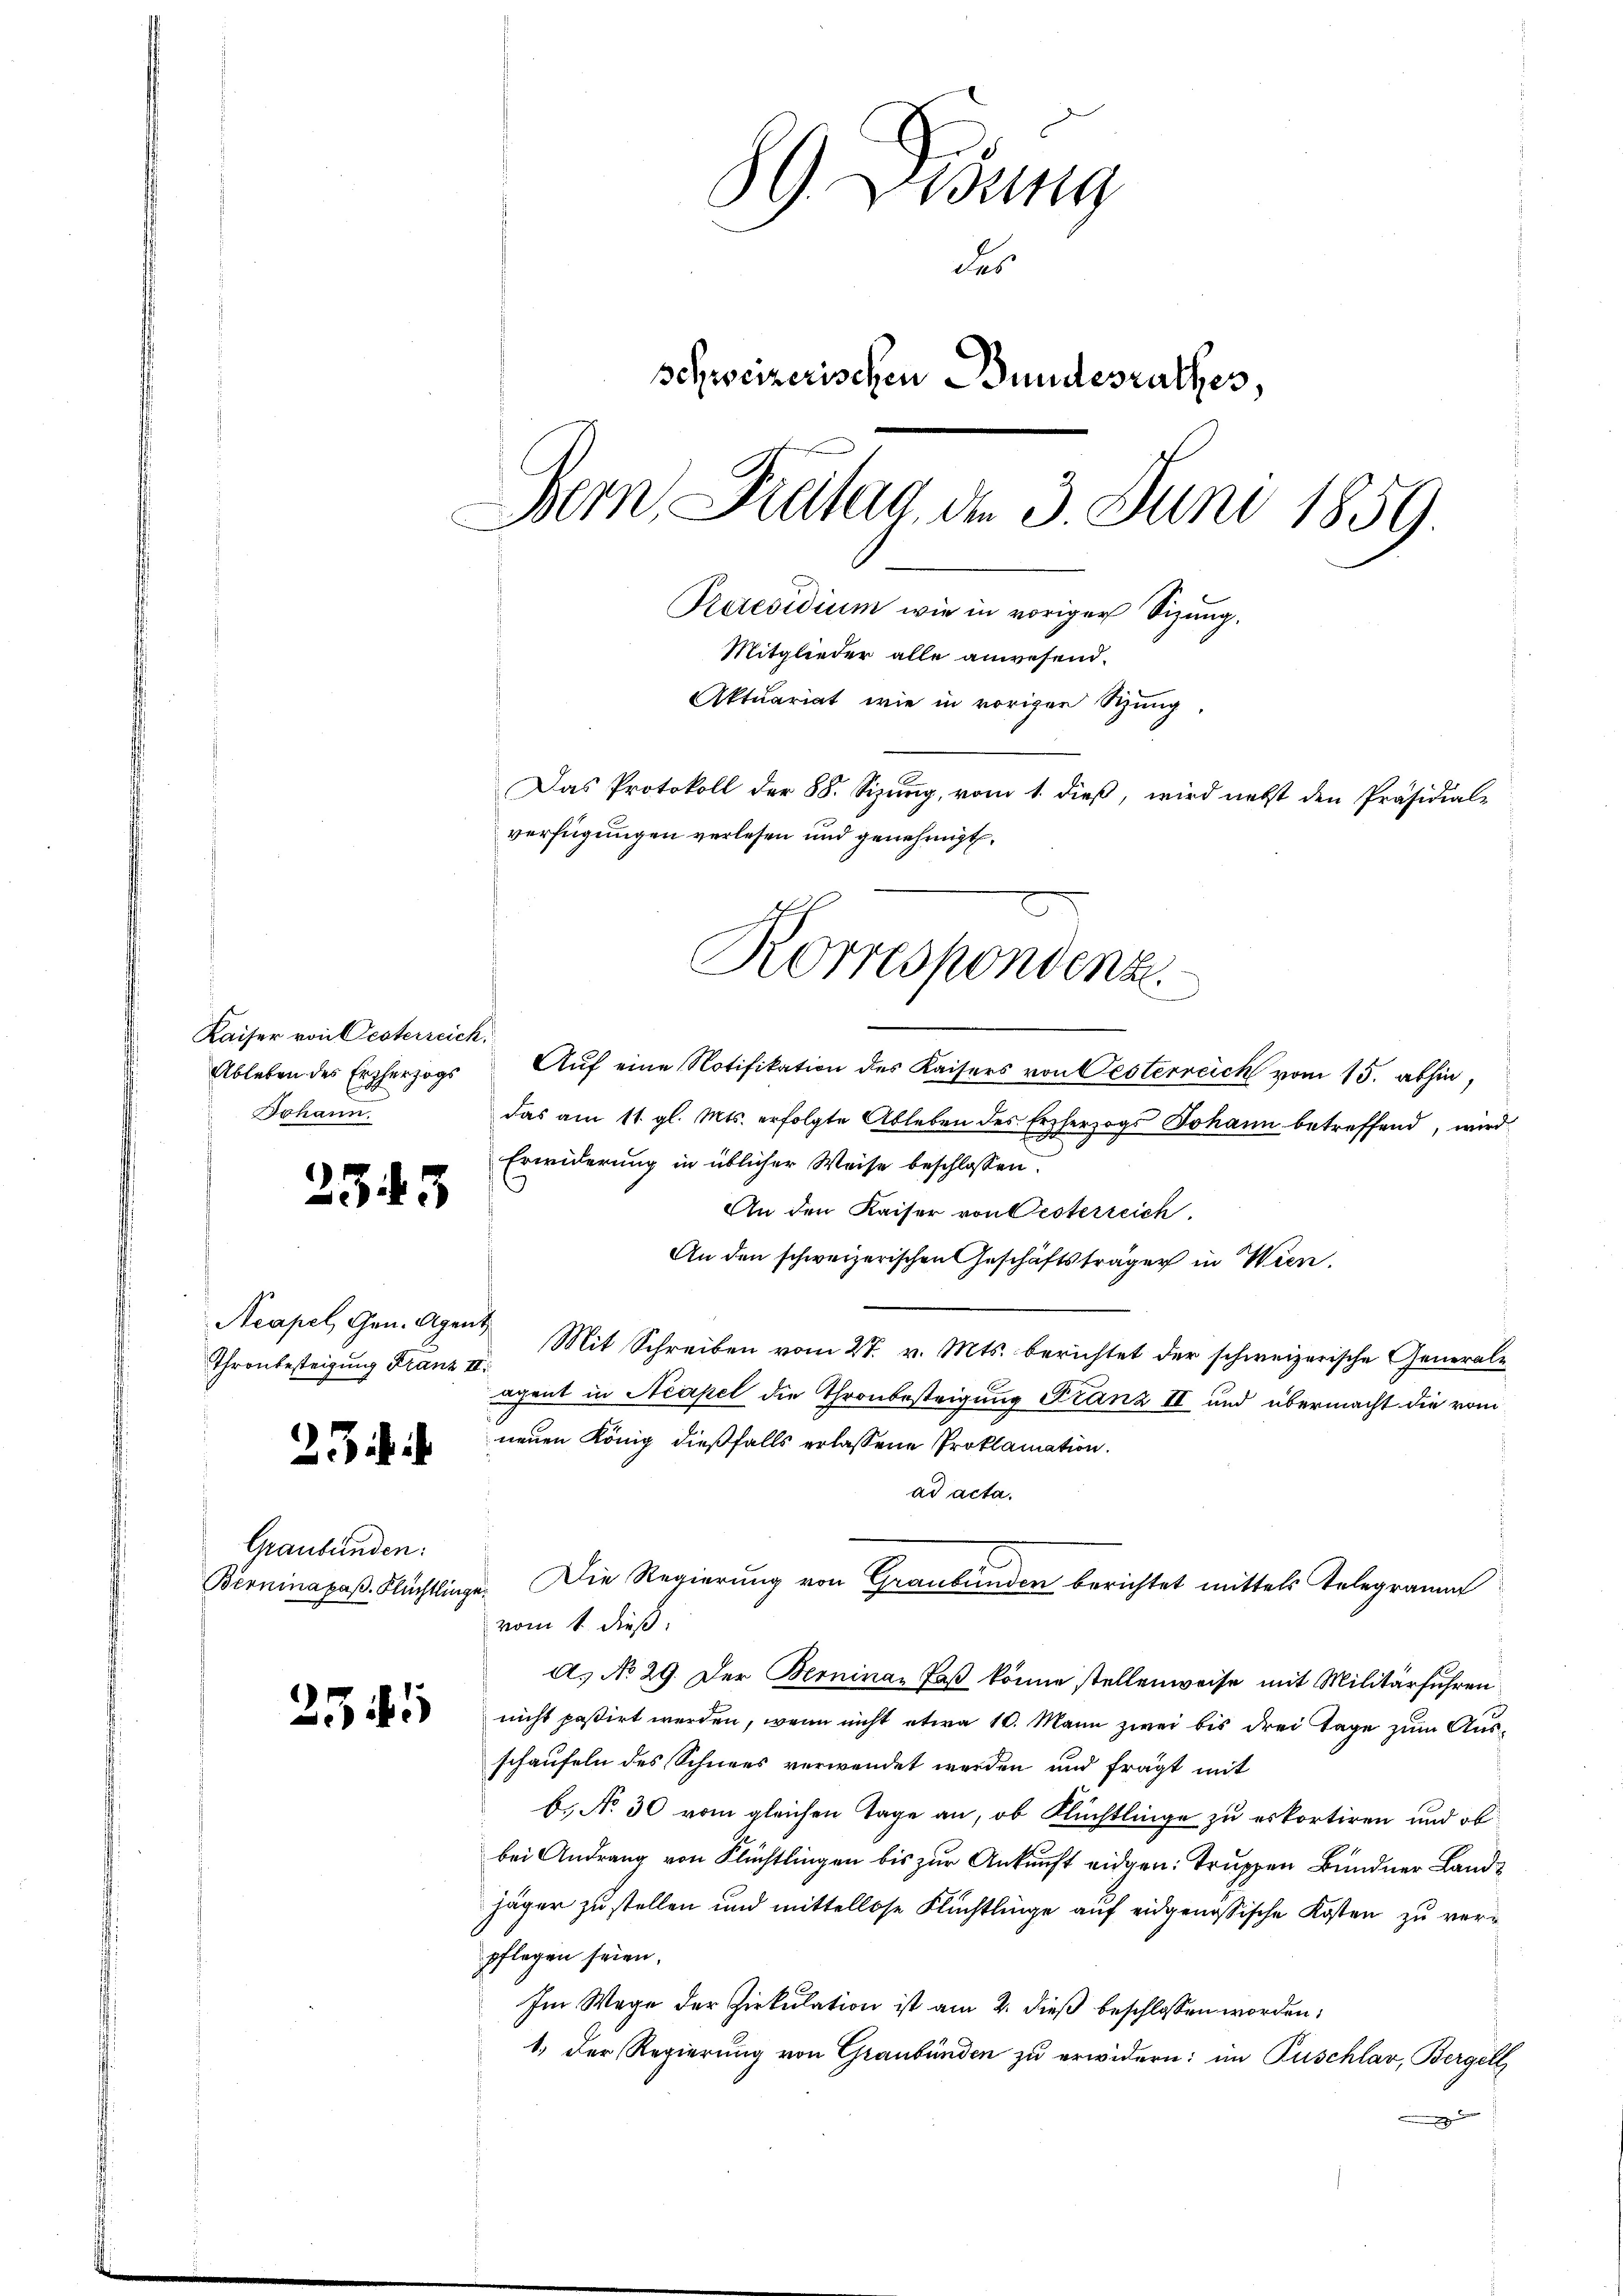
Kaiser von Oesterreich.
Johann.

2343

Acapel, Gen. Agent
Thronbesteigung Franz II

23

Graubünden:

255

89 Disung
des
schweizerischen Bundesrathes,
Bern Prälag, der 3. Juni 1859.
Peresidium wie in voriger Sizung.
Mitglieder alle anwesend.
Aktuariat wie in vorigen Sitzung.
Das Protokoll der 88. Sizung, vom 1. dieß, wird nebst den Präsidial-
verfügungen verlesen und genehmigt.

Ableben des Erzherzogs Aŭf eine Notifikation des Kaisers von Oesterreich vom 15. abhin,
das am 11. gl. Mts. erfolgte Ableben des Erzherzogs Johann betreffend, wird
Erwiderung in üblicher Weise beschlossen:
An den Kaiser von Oesterreich
An den schweizerischen Geschäftsträger in Wien.
Mit Schreiben vom 27. v. Mts. berichtet der schweizerische Generalacent in Neapel die Thronbesteigung Franz II und übermacht die vom
neuen König dießfalls erlassene Proklamation.
ad acta.
Berninapaß.- Flüchtlinge. Die Regierung von Graubünder berichtet mittels Telegramm
vom 1. dieß:
A.) No 29. Der Berninaz Paß könne stellenweise mit Militärführen
nicht paßirt werden, wenn nicht etwa 10. Mann zwei bis drei Tage zum Ausschaufeln des Schnees verwendet werden und fragt mit
b. No 30 vom gleichen Tage an, ob Flüchtlinge zu erkortiren und ob
bei Andrang von Flüchtlingen bis zur Ankunft eidgen. Truppen Bündner Landjäger zu stellen und mittellose Flüchtlinge auf eidgenössische Kosten zu verpflegen seien.
Im Wege der Zirkulation ist am 2. dieß beschlossen worden,
1. Der Regierung von Graubünden zu erwidern: im Puschlar, Bergell

Korrespondenz.